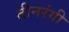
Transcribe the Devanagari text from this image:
तीनरंगी